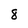
Character: 8